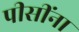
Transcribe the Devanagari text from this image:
पीसींना